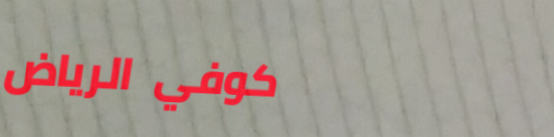
كوفي الرياض